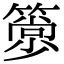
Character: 𥳦